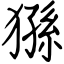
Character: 猻